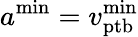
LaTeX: a^{\mathrm{min}}=v_{\mathrm{ptb}}^{\mathrm{min}}